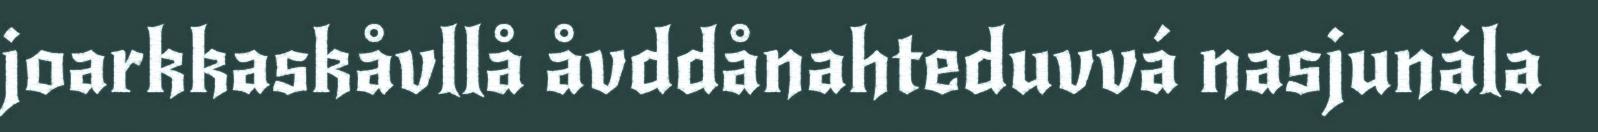
joarkkaskåvllå åvddånahteduvvá nasjunála